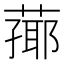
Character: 𦻚